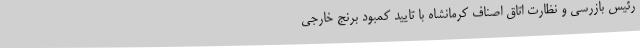
رئیس بازرسی و نظارت اتاق اصناف کرمانشاه با تایید کمبود برنج خارجی